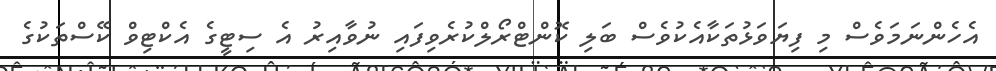
އެހެންނަމަވެސް މި ފިޔަވަޅުތަކާއެކުވެސް ބަލި ކޮންޓްރޯލްކުރެވިފައި ނުވާއިރު އެ ސިޓީގެ އެކްޓިވް ކޭސްތަކުގެ